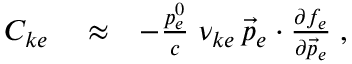
\begin{array} { r l r } { C _ { k e } } & { { } \approx } & { - \frac { p _ { e } ^ { 0 } } { c } \; \nu _ { k e } \, \vec { p } _ { e } \cdot \frac { \partial f _ { e } } { \partial \vec { p } _ { e } } \; , } \end{array}